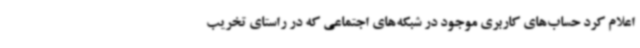
اعلام کرد حساب‌های کاربری موجود در شبکه‌های اجتماعی که در راستای تخریب